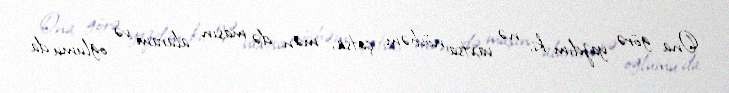
Ona görə yazdım ki, nə vaxtsa növbəm çatsa, mən də maşın alaram və oğlumu da